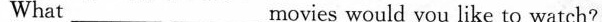
What ___ ___movies would you like to watch?